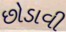
છોડાવી